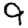
Digit: 9